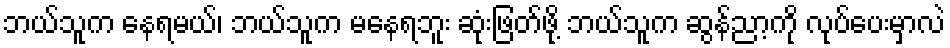
ဘယ်သူက နေရမယ်၊ ဘယ်သူက မနေရဘူး ဆုံးဖြတ်ဖို့ ဘယ်သူက ဆွန်ညာ့ကို လုပ်ပေးမှာလဲ